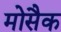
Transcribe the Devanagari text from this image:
मोसैक